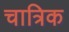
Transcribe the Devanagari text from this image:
चात्रिक